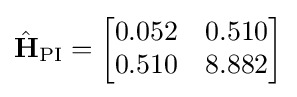
{\hat {\mathbf {H} }}_{\operatorname {PI} }={\begin{bmatrix}0.052&0.510\\0.510&8.882\end{bmatrix}}